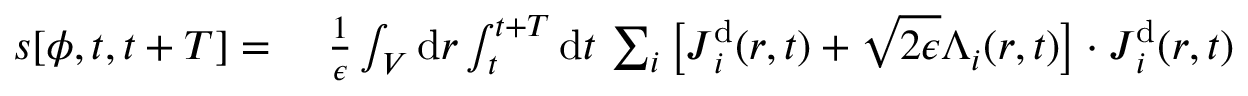
\begin{array} { r l } { s [ { \phi } , t , t + T ] = ~ } & { { } \frac { 1 } { \epsilon } \int _ { V } \mathrm { d } \boldsymbol { r } \int _ { t } ^ { t + T } \mathrm { d } t \, \sum _ { i } \big [ { \boldsymbol { J } } _ { i } ^ { \mathrm { d } } ( \boldsymbol { r } , t ) + \sqrt { 2 \epsilon } { \boldsymbol { \Lambda } } _ { i } ( \boldsymbol { r } , t ) \big ] \cdot { \boldsymbol { J } } _ { i } ^ { \mathrm { d } } ( \boldsymbol { r } , t ) } \end{array}